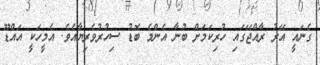
ގެނައީ އޭރު ރާއްޖޭގައި ހުރިކަމަށް ބުނާ އެންމެ ބޮޑު ސިހުރުވެރިޔާއެވެ. އެމީހަކީ އައްޑޫ